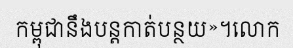
កម្ពុជានឹងបន្តកាត់បន្ថយ»។លោក